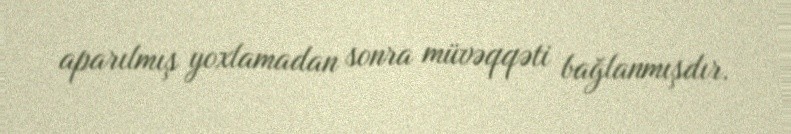
aparılmış yoxlamadan sonra müvəqqəti bağlanmışdır.